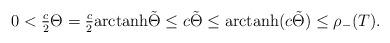
LaTeX: \begin{align*}0< \tfrac{c}{2} \Theta = \tfrac{c}{2} \mathrm{arctanh} \tilde{\Theta} \leq c \tilde{\Theta} \leq \mathrm{arctanh} (c \tilde{\Theta}) \leq \rho_-(T).\end{align*}